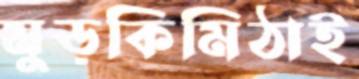
মুড়কিমিঠাই